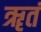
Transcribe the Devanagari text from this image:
ॠतं